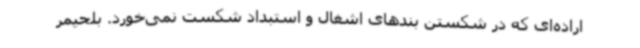
اراده‌ای که در شکستن بندهای اشغال و استبداد شکست نمی‌خورد. بلحیمر